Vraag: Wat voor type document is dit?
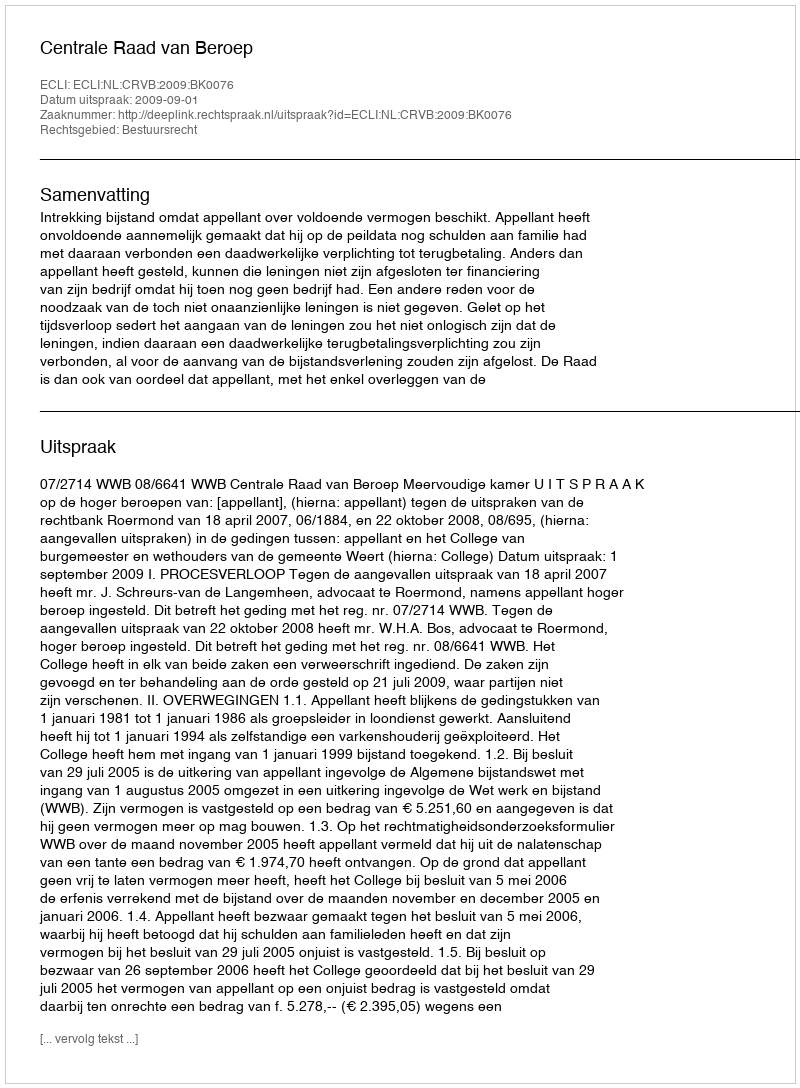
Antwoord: Uitspraak